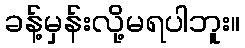
ခန့်မှန်းလို့မရပါဘူး။